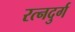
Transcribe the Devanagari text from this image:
रत्नदुर्ग